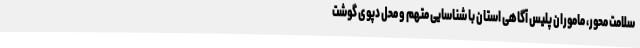
سلامت محور، ماموران پلیس آگاهی استان با شناسایی متهم و محل دپوی گوشت